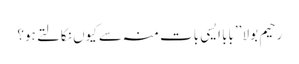
رحیم بولا ’’بابا ایسی بات منہ سے کیوں نکالتے ہو؟